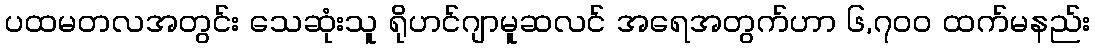
ပထမတလအတွင်း သေဆုံးသူ ရိုဟင်ဂျာမူဆလင် အရေအတွက်ဟာ ၆,၇၀၀ ထက်မနည်း